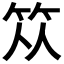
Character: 𥬈